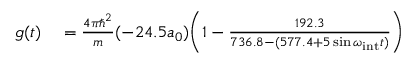
\begin{array} { r l } { g ( t ) } & { { } = \frac { 4 \pi \hbar ^ { 2 } } { m } ( - 2 4 . 5 a _ { 0 } ) \bigg ( 1 - \frac { 1 9 2 . 3 } { 7 3 6 . 8 - ( 5 7 7 . 4 + 5 \sin \omega _ { \mathrm { i n t } } t ) } \bigg ) } \end{array}